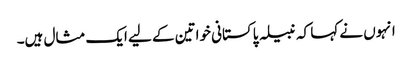
انہوں نے کہا کہ نبیلہ پاکستانی خواتین کے لیے ایک مثال ہیں۔